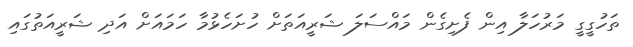
ތަހުގީގީ މަރުހަލާ އިން ފެށިގެން މައްސަލަ ޝަރީއަތަށް ހުށަހެޅުމާ ހަމައަށް އަދި ޝަރީއަތުގައި